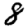
Digit: 8